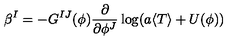
\beta ^ { I } = - G ^ { I J } ( \phi ) { \frac { \partial } { \partial \phi ^ { J } } } \log ( { a \langle T \rangle + U ( \phi ) } )